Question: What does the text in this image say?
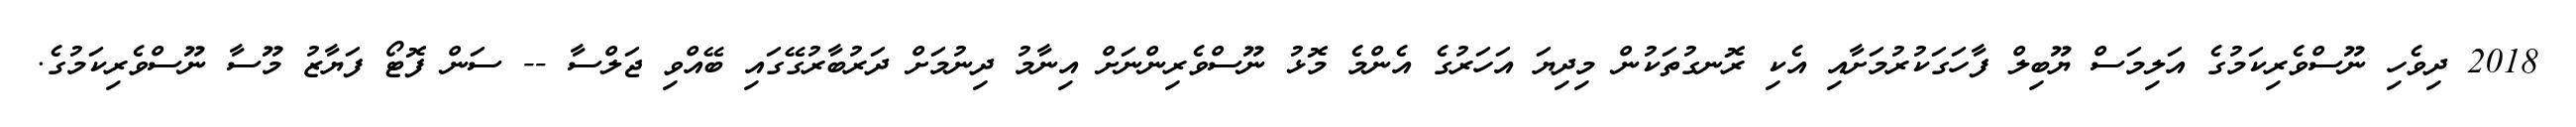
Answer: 2018 ދިވެހި ނޫސްވެރިކަމުގެ އަލިމަސް ޔޫބިލް ފާހަގަކުރުމަށާއި އެކި ރޮނގުތަކުން މިދިޔަ އަހަރުގެ އެންމެ މޮޅު ނޫސްވެރިންނަށް އިނާމު ދިނުމަށް ދަރުބާރުގޭގައި ބޭއްވި ޖަލްސާ -- ސަން ފޮޓޯ ފަޔާޒު މޫސާ ނޫސްވެރިކަމުގެ.